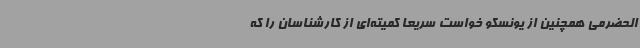
الحضرمی همچنین از یونسکو خواست سریعاً کمیته‌ای از کارشناسان را که